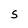
Character: S